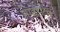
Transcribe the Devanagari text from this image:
पाइथन्स